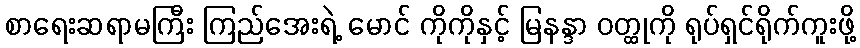
စာရေးဆရာမကြီး ကြည်အေးရဲ့ မောင် ကိုကိုနှင့် မြနန္ဒာ ဝတ္ထုကို ရုပ်ရှင်ရိုက်ကူးဖို့